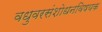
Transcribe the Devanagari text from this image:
वधुवरसंशोधनविषयक